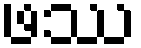
ဖဿ